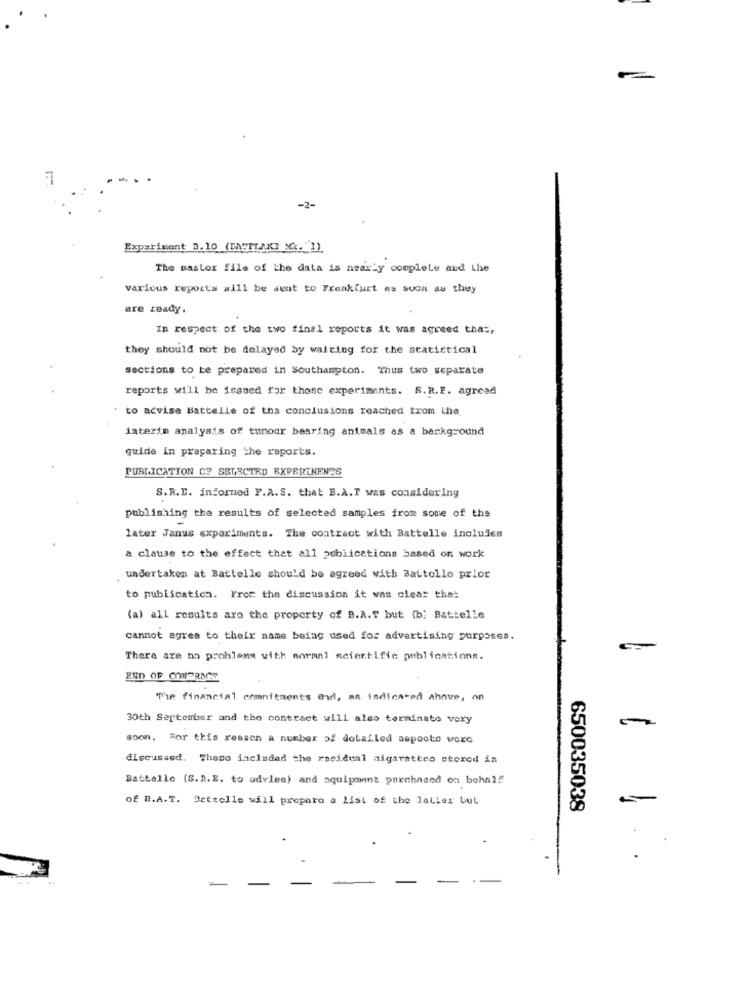
-2-
Experiment B. 10 (BASTI,AK3 Mx. "1)
The master file of the data is nearly complete and the
various reports will be sent to Frankfurt as soon as they
are ready.
In respect of the two final reports it was agreed that,
they should not be delayed by waiting for the statistical
sections to be prepared in Southampton. Thus two separate
reports will be issued for those experiments. S.R.F. agreed
to advise Battelle of tha conclusions reached from the
interim analysis of tunour bearing animals as a background
quide in pragaring the reports.
PUBLICATION CS SELECTRD EXPRRENENES
S.R.E. informed F.A.S. that B.A.T was considering
publishing the results of selected samples from some of the
later Janus experiments. The contract with Battelle includes
a clause to the effect that all publications based on work
undertaken at Battelle should be agreed with Battelle prior
to publication. From the discussion it was clear that
(a) all results are the property of B.A.T but (b) Battelle
cannot agree to their name being used for advertising purposes.
There are no problems with normal scientific publications.
END OF COVERAGE
The financial commitments end, as indicated ahnve, on
30th September and the contract will alco terminato vory
soon. For this reason & number of dobailed aspecto worc
discussed. Theno included the racidual aigarattco stored in
Battelle (S.R.E. to udvise) and aquipment pnenbased on bohal !!
of D.A.T. Deteelle will prepare a List of the latter but
650035038